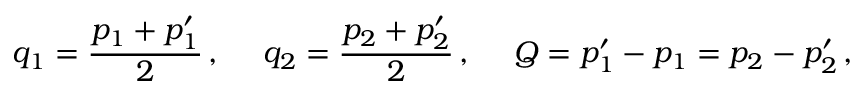
q _ { 1 } = { \frac { p _ { 1 } + p _ { 1 } ^ { \prime } } { 2 } } \, , \ \ \ \ q _ { 2 } = { \frac { p _ { 2 } + p _ { 2 } ^ { \prime } } { 2 } } \, , \ \ \ \ Q = p _ { 1 } ^ { \prime } - p _ { 1 } = p _ { 2 } - p _ { 2 } ^ { \prime } \, ,